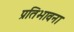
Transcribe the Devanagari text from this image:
प्रतिभावना